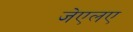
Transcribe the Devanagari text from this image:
जेएलए